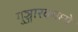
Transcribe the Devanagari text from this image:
गुञ्जारवमध्ये